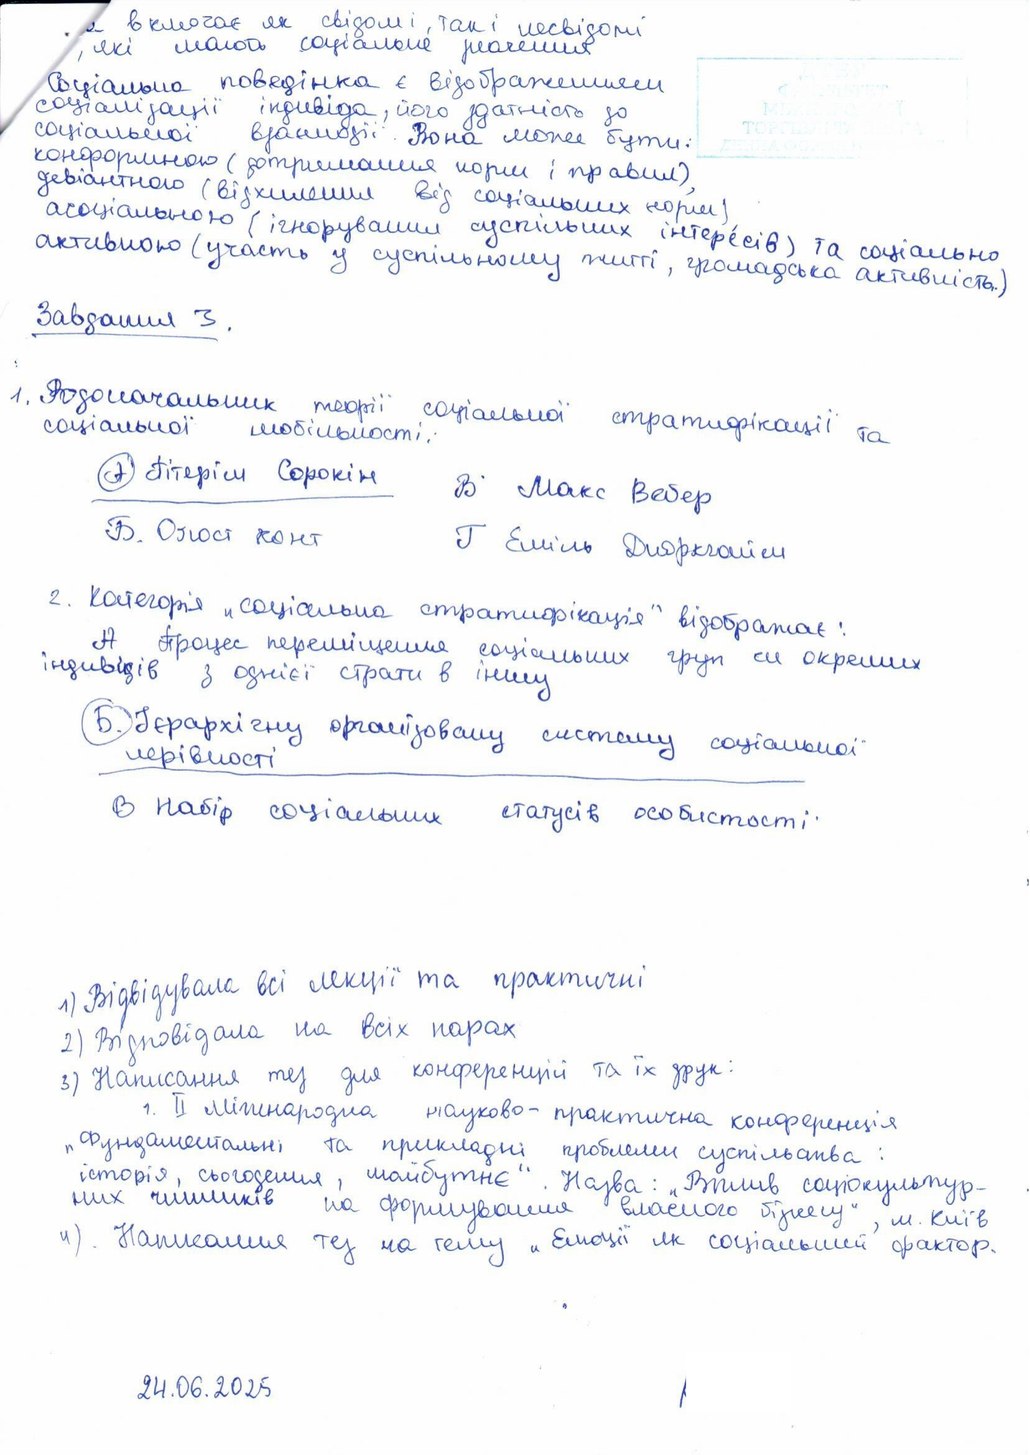
включає як свідомі, так і несвідомі
які мають соціальне значення
Соціальна поведінка є відображенням
соціалізації індивіда, його здатність до
соціальної взаємодії. Вона може бути:
девіантною (відхилення від соціальних норм
конформною (дотримання норм і правил),
асоціальною (ігнорування суспільних інтересів) та соціально
активною (участь у суспільному житті, громадська активність.)
Завдання 3.
1. Родоначальник теорії соціальної стратифікації та
соціальної мобільності:
(7) Пітеріш Сорокін
В. Макс Вебер
Б. Оґюст конт
Г Еміль Дюркгайм
2. Категорія "соціальна стратифікація" відображає:
А процес переміщення соціальних груп чи окремих
індивідів з однієї страти в іншу
Б. Ієрархічну організовану систему соціальної
нерівності.
В набір соціальних статусів особистості:
1) Відвідувала всі лекції та практичні
2) Відповідала на всіх парах
3) Написання тез для конференцій та їх друк:
1. II Міжнародна науково-практична конференція
Фундаментальні та прикладні проблеми суспільства :
історія, сьогодення, майбутнє". Назва: "Вплив соціокультур-
них чинників на формування власного бізнесу", м. Київ
4). Написання тез на тему "Емоції як соціальний фактор.
24.06.2025